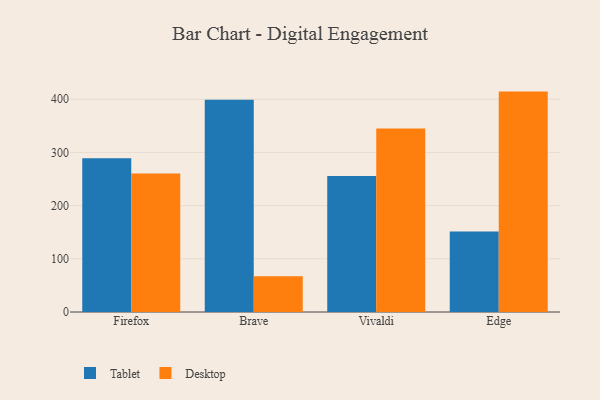
{"axis": {"x": "Browser", "y": "Satisfaction Score"}, "legend": ["Desktop", "Tablet"], "data": [{"x": "Firefox", "y": 289.0, "type": "Tablet"}, {"x": "Firefox", "y": 260.4, "type": "Desktop"}, {"x": "Brave", "y": 399.1, "type": "Tablet"}, {"x": "Brave", "y": 67.0, "type": "Desktop"}, {"x": "Vivaldi", "y": 255.5, "type": "Tablet"}, {"x": "Vivaldi", "y": 344.8, "type": "Desktop"}, {"x": "Edge", "y": 151.5, "type": "Tablet"}, {"x": "Edge", "y": 414.4, "type": "Desktop"}]}